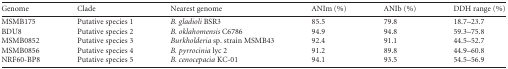
<table><thead><tr><td><b>Genome</b></td><td><b>Clade</b></td><td><b>Nearest genome</b></td><td><b>ANIm (%)</b></td><td><b>ANIb (%)</b></td><td><b>DDH range (%)</b></td></tr></thead><tbody><tr><td>MSMB175</td><td>Putative species 1</td><td><i>B. gladioli</i> BSR3</td><td>85.5</td><td>79.8</td><td>18.7–23.7</td></tr><tr><td>BDU8</td><td>Putative species 2</td><td><i>B. oklahomensis</i> C6786</td><td>94.9</td><td>94.8</td><td>59.3–75.8</td></tr><tr><td>MSMB0852</td><td>Putative species 3</td><td><i>Burkholderia</i> sp. strain MSMB43</td><td>92.4</td><td>91.1</td><td>44.5–52.7</td></tr><tr><td>MSMB0856</td><td>Putative species 4</td><td><i>B. pyrrocinia</i> lyc 2</td><td>91.2</td><td>89.8</td><td>44.9–60.8</td></tr><tr><td>NRF60-BP8</td><td>Putative species 5</td><td><i>B. cenocepacia</i> KC-01</td><td>94.1</td><td>93.5</td><td>54.5–56.9</td></tr></tbody></table>